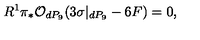
R ^ { 1 } \pi _ { * } { \cal O } _ { d P _ { 9 } } ( 3 \sigma | _ { d P _ { 9 } } - 6 F ) = 0 ,